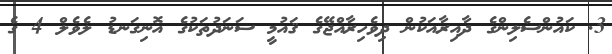
3. ކައުންސެލިންގެ ދާއިރާއަކުން ދިވެހިރާއްޖޭގެ ޤައުމީ ސަނަދުތަކުގެ އޮނިގަނޑު ލެވެލް 4 ގެ